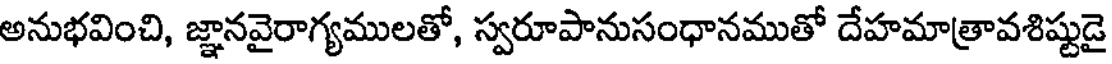
అనుభవించి, జ్ఞానవైరాగ్యములతో, స్వరూపానుసంధానముతో దేహమాత్రావశిష్టుడై